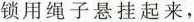
锁用绳子悬挂起来，